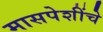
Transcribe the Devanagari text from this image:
मासपेशींचे